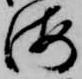
海